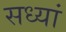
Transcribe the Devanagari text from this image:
सध्यां